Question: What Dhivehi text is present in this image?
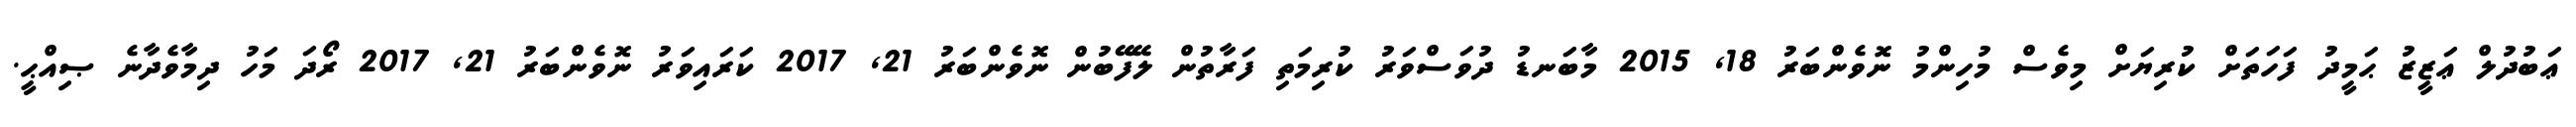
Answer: ޢަބުދުލް ޢަޒީޒު ޙަމީދު ފަހަތަށް ކުރިޔަށް މިވެސް މުހިންމު ނޮވެންބަރު 18, 2015 މާބަނޑު ދުވަސްވަރު ކުރިމަތި ފަރާތުން ލޭފޭބުން ނޮވެންބަރު 21, 2017 ކަރައިވަރު ނޮވެންބަރު 21, 2017 ރޯދަ މަހު ދިމާވެދާނެ ޞިއްޙީ.